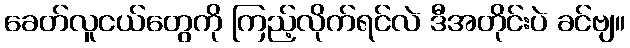
ခေတ်လူငယ်တွေကို ကြည့်လိုက်ရင်လဲ ဒီအတိုင်းပဲ ခင်ဗျ။